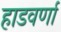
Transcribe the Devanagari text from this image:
हाडवर्णा